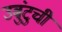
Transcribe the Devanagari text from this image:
उबुंटुची